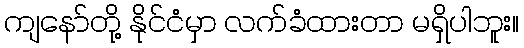
ကျနော်တို့ နိုင်ငံမှာ လက်ခံထားတာ မရှိပါဘူး။